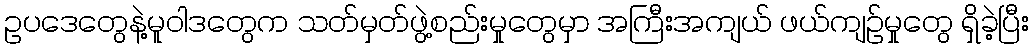
ဥပဒေတွေနဲ့မူဝါဒတွေက သတ်မှတ်ဖွဲ့စည်းမှုတွေမှာ အကြီးအကျယ် ဖယ်ကျဉ်မှုတွေ ရှိခဲ့ပြီး